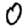
Digit: 0